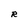
Character: R